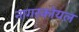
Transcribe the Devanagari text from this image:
नागरकोयल